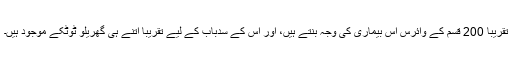
تقریباً 200 قسم کے وائرس اس بیماری کی وجہ بنتے ہیں، اور اس کے سدباب کے لیے تقریباً اتنے ہی گھریلو ٹوٹکے موجود ہیں۔